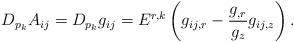
LaTeX: \begin{align*} D_{p_k}A_{ij} = D_{p_k}g_{ij} = E^{r,k}\left(g_{ij,r}-\frac{g_{,r}}{g_z}g_{ij,z}\right). \end{align*}